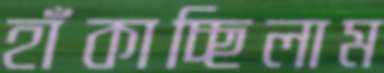
হাঁকাচ্ছিলাম